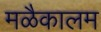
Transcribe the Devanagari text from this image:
मळैकालम